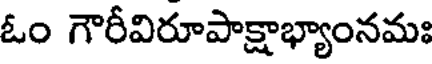
ఓం గౌరీవిరూపాక్షాభ్యాంనమః